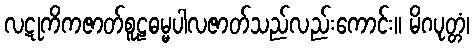
လဋုကိကဇာတ်စူဠဓမ္မပါလဇာတ်သည်လည်းကောင်း။ မိဂပုတ္တံ၊